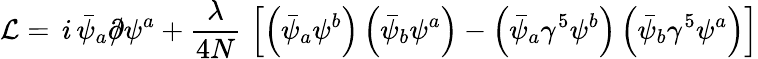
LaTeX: {\mathcal{L}}=\, i\, {\bar{\psi}}_{a}\partial\! \! \! /\psi^{a}+{\frac{\lambda}{4N}}\, \left[\left({\bar{\psi}}_{a}\psi^{b}\right)\left({\bar{\psi}}_{b}\psi^{a}\right)-\left({\bar{\psi}}_{a}\gamma^{5}\psi^{b}\right)\left({\bar{\psi}}_{b}\gamma^{5}\psi^{a}\right)\right]